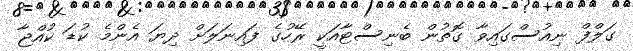
ގަލްފް ނިއުސްގައިވާ ގޮތުން ބެނިސްޓާއަކީ ރޭހުގެ ފައިނަލަށް ދިޔަ އެންމެ ކުޑަ ކުއްޖާ